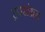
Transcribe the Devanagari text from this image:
द्रवसंग्रह